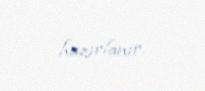
hazırlanır.